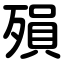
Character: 殞